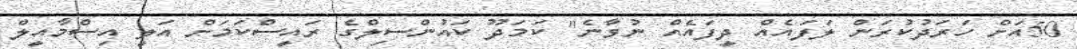
50އަށް ހަރަދުކުރަން ލަފައެއް ދީފައެއް ނުވާނެ" ކަމަދޫ ކައުންސިލްގެ ރައީސްކަމަށް އަލީ އިސްމާއީލް